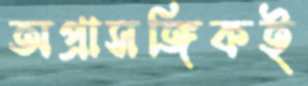
অপ্রাসঙ্গিকই